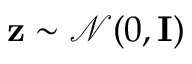
\mathbf { z } \sim \mathcal { N } ( 0 , \mathbf { I } )